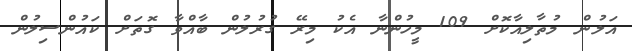
އަލުން މުތާލިއާކޮށް 109 މީހުންނާ އެކު މިރޭ ގުރުލުން ބާއްވާ ގޮތަށް ކައުންސިލުން